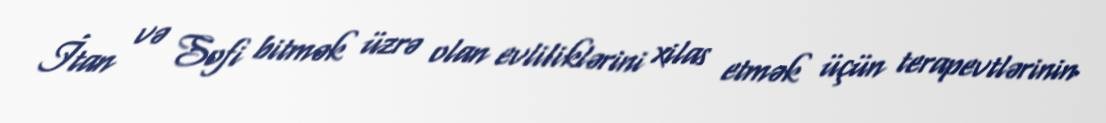
İtan və Sofi bitmək üzrə olan evliliklərini xilas etmək üçün terapevtlərinin